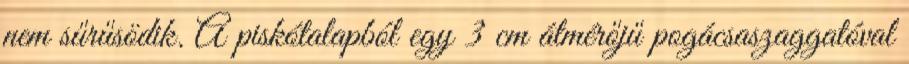
nem sűrűsödik. A piskótalapból egy 3 cm átmérőjű pogácsaszaggatóval